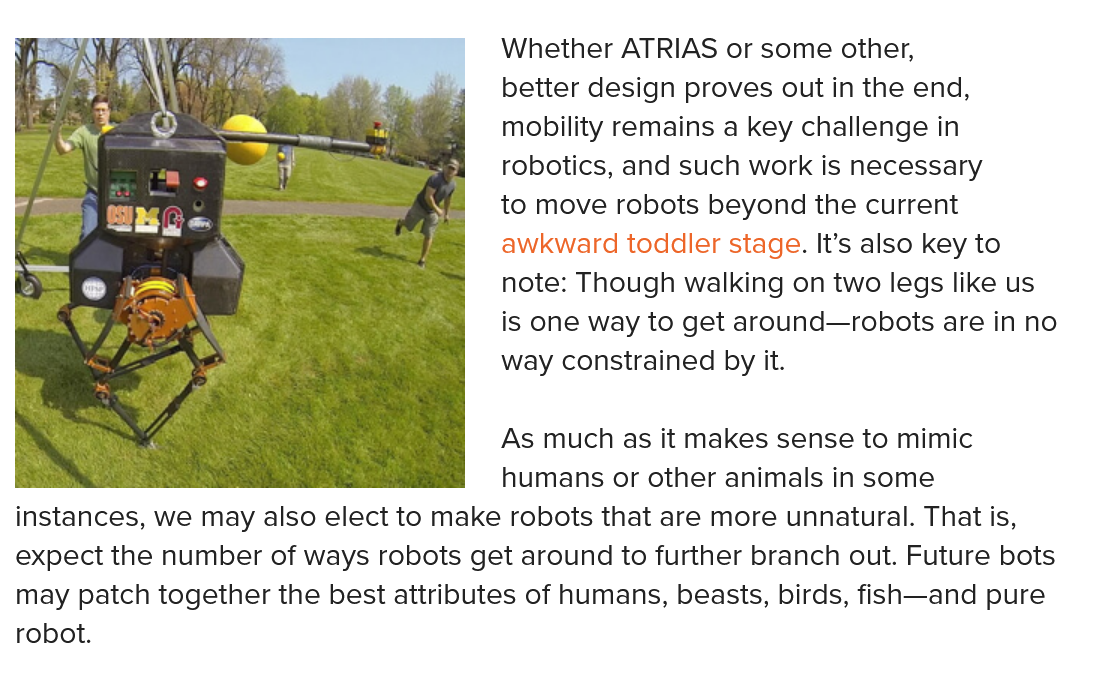
Whether ATRIAS or some other,
     better design proves out in the end,
     mobility remains a key challenge in
     robotics, and such work is necessary
     to move robots beyond the current
     awkward toddler stage. It’s also key to
     note: Though walking on two legs like us
     is one way to get around—robots are in no
     way constrained by it.
  NO
  Se
     As much as it makes sense to mimic
     humans or other animals in some
  instances, we may also elect to make robots that are more unnatural. That is,
  expect the number of ways robots get around to further branch out. Future bots
  may patch together the best attributes of humans, beasts, birds, fish—and pure
  robot.